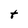
Character: t